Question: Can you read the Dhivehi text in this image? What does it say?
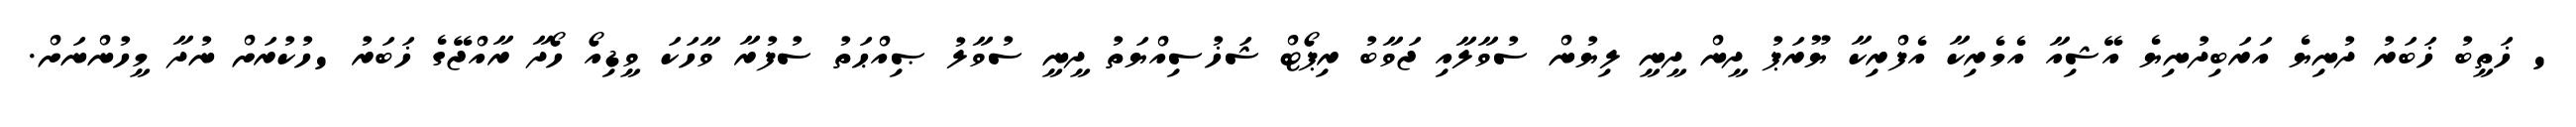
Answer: ' ޚަތީބު ޚަބަރު ދުނިޔެ އަރަބިދުނިޔެ އޭޝިއާ އެމެރިކާ އެފްރިކާ ޔޫރަޕު ދީން ދީނީ ލިޔުން ސުވާލާއި ޖަވާބު ރިޕޯޓް ޝަޚުސިއްޔަތު ދީނީ ސުވާލު ޞިއްޙަތު ސުފުރާ ވާހަކަ ވީޑިއޯ ހޯދާ ރާއްޖޭގެ ޚަބަރު 'ހުކުރަށް ނުދާ މީހުންނަށް.